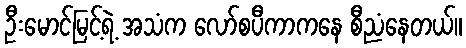
ဦးမောင်မြင့်ရဲ့ အသံက လော်စပီကာကနေ စီညံနေတယ်။